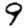
Digit: 9